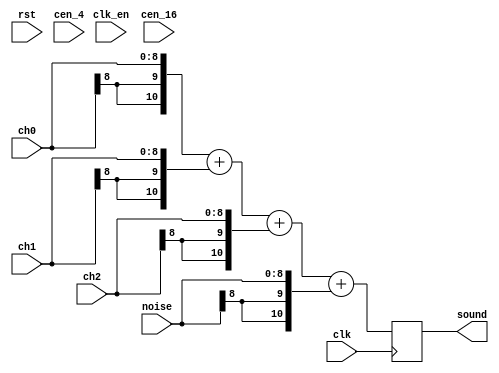
/*  This file is part of JT89.

    JT89 is free software: you can redistribute it and/or modify
    it under the terms of the GNU General Public License as published by
    the Free Software Foundation, either version 3 of the License, or
    (at your option) any later version.

    JT89 is distributed in the hope that it will be useful,
    but WITHOUT ANY WARRANTY; without even the implied warranty of
    MERCHANTABILITY or FITNESS FOR A PARTICULAR PURPOSE.  See the
    GNU General Public License for more details.

    You should have received a copy of the GNU General Public License
    along with JT89.  If not, see <http://www.gnu.org/licenses/>.

    Author: Jose Tejada Gomez. Twitter: @topapate
    Version: 1.0
    Date: December, 1st 2018
   
    */

module jt89_mixer #(parameter BW=9, INTERPOL16=0,MODE=0)(
    input            rst,
    input            clk,
    input            clk_en,
    input            cen_16,
    input            cen_4,
    input     [BW-1:0] ch0,
    input     [BW-1:0] ch1,
    input     [BW-1:0] ch2,
    input     [BW-1:0] noise,
    output signed [BW+1:0] sound
);

reg signed [BW+1:0] fresh;

always @(posedge clk) begin
    case( MODE )
        1: fresh <=  // Tones only
            { {2{ch0[BW-1]}}, ch0   }+
            { {2{ch1[BW-1]}}, ch1   }+
            { {2{ch2[BW-1]}}, ch2   };
        2: fresh <= { {2{noise[BW-1]}}, noise }; // noise only
        default: fresh <= // all channels
            { {2{ch0[BW-1]}}, ch0   }+
            { {2{ch1[BW-1]}}, ch1   }+
            { {2{ch2[BW-1]}}, ch2   }+
            { {2{noise[BW-1]}}, noise };
    endcase
end

generate
    if( INTERPOL16==1 ) begin
        wire signed [BW+1:0] snd4;
        localparam calcw=BW+8;
        jt12_interpol #(.calcw(calcw),.inw(BW+2),.rate(4),.m(4),.n(2)) u_uprate1 (
            .rst    ( rst    ),
            .clk    ( clk    ),
            .cen_in ( cen_16 ),
            .cen_out( cen_4  ),
            .snd_in ( fresh  ),
            .snd_out( snd4   )
        );
        jt12_interpol #(.calcw(calcw),.inw(BW+2),.rate(4),.m(4),.n(2)) u_uprate2 (
            .rst    ( rst    ),
            .clk    ( clk    ),
            .cen_in ( cen_4  ),
            .cen_out( clk_en ),
            .snd_in ( snd4   ),
            .snd_out( sound  )
        );        
    end else
        assign sound = fresh;
endgenerate

endmodule